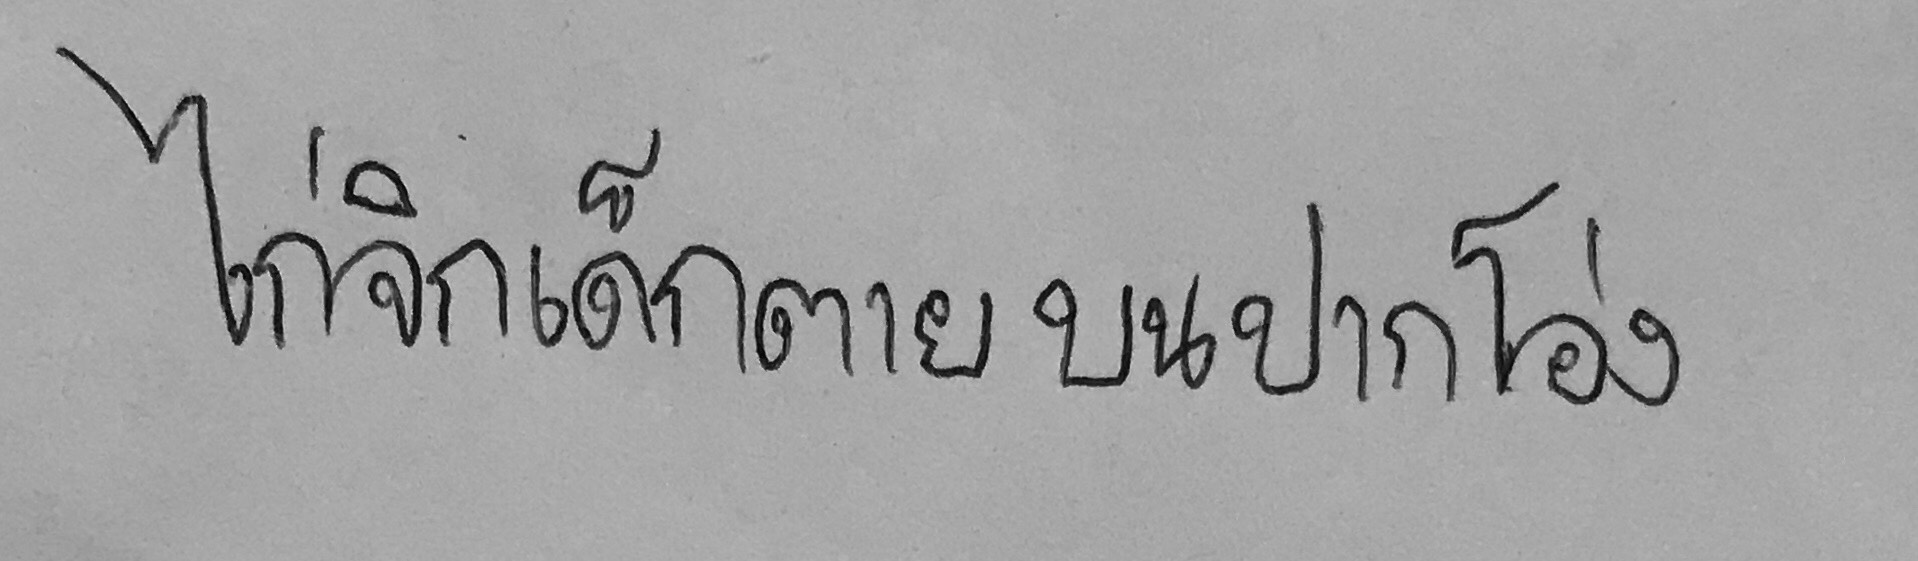
ไก่จิกเด็กตายบนปากโอ่ง